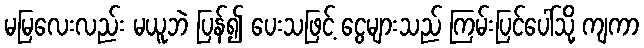
မမြလေးလည်း မယူဘဲ ပြန်၍ ပေးသဖြင့် ငွေများသည် ကြမ်းပြင်ပေါ်သို့ ကျကာ